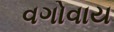
વગોવાય